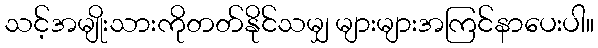
သင့်အမျိုးသားကိုတတ်နိုင်သမျှ များများအကြင်နာပေးပါ။